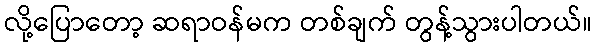
လို့ပြောတော့ ဆရာဝန်မက တစ်ချက် တွန့်သွားပါတယ်။